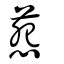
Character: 葾